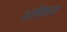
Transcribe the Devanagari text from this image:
अधिकाड़